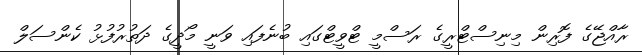
ރާއްޖޭގެ ފޮރިން މިނިސްޓްރީގެ ރަސްމީ ޓްވީޓްގައި ބުނެފައި ވަނީ މޯދީގެ ދަތުރުފުޅު ކެންސަލް